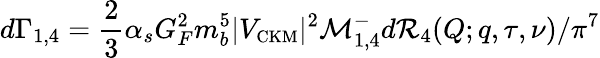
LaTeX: d\Gamma_{1,4}={\frac{2}{3}}\alpha_{s}G_{F}^{2}m_{b}^{5}|V_{\mathrm{\small CKM}}|^{2}{\cal M}_{1,4}^{-}d{\cal R}_{4}(Q;q,\tau,\nu)/\pi^{7}